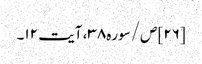
[۲۶] ص/سوره۳۸، آیت ۱۲۔